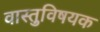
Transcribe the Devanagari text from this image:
वास्तुवि़षयक